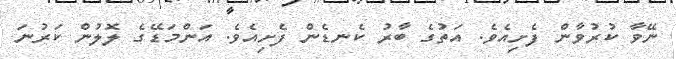
ނޭވާ ކުރުވާން ފެށިއެވެ. އަތުގެ ބާރު ކެނޑެން ފެށިއެވެ. އަންމަޑޭގެ ލޮލުން ކަރުނަ